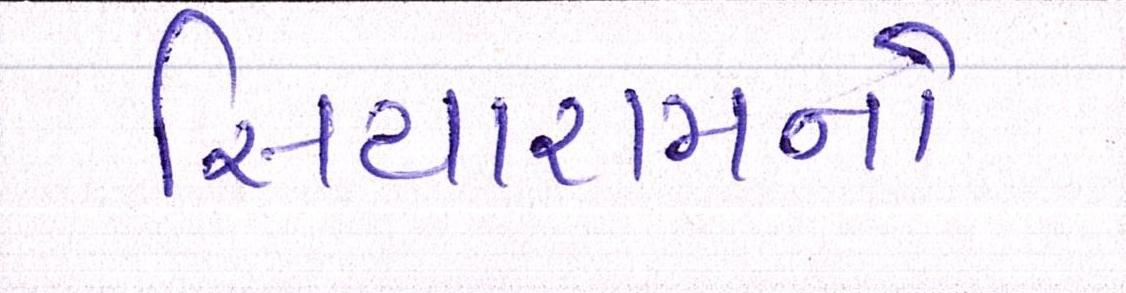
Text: સિયારામનો